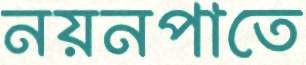
নয়নপাতে